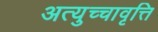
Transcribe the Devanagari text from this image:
अत्युच्चावृत्ति